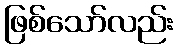
ဖြစ်သော်လည်း